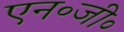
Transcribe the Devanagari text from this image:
एन॰जी॰